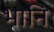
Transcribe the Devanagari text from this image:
भानि